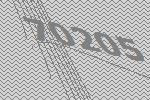
70205